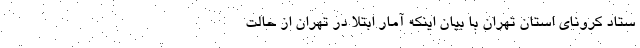
ستاد کرونای استان تهران با بیان اینکه آمار ابتلا در تهران از حالت